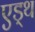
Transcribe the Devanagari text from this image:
एड्थ